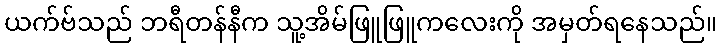
ယက်ဗ်သည် ဘရီတန်နီက သူ့အိမ်ဖြူဖြူကလေးကို အမှတ်ရနေသည်။